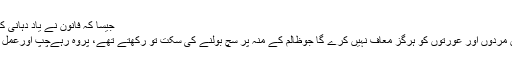
جیسا کہ فانون نے یاد دہانی کروائی تھی:
’’ مستقبل ان مردوں اور عورتوں کو ہرگز معاف نہیں کرے گا جوظالم کے منہ پر سچ بولنے کی سکت تو رکھتے تھے، پروہ رہےچپ اورعملََ کچھ نہ کیا۔